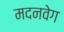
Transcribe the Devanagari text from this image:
मदनवेग